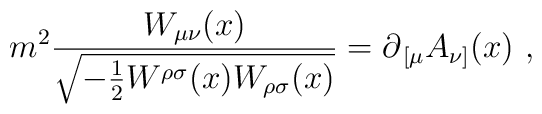
m^2{W_{\mu\nu}(x)\over\sqrt{-{1\over2}W^{\rho\sigma}(x)W_{\rho\sigma}(x)}}=\partial_{\,[\mu} A_{\nu]}(x)\ ,